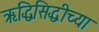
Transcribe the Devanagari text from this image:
ऋद्धिसिद्धीच्या